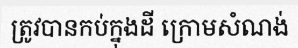
ត្រូវបានកប់ក្នុងដី ក្រោមសំណង់